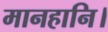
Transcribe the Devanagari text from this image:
मानहानि।